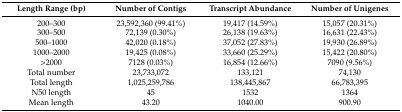
<table><thead><tr><td><b>Length Range (bp)</b></td><td><b>Number of Contigs</b></td><td><b>Transcript Abundance</b></td><td><b>Number of Unigenes</b></td></tr></thead><tbody><tr><td>200–300</td><td>23,592,360 (99.41%)</td><td>19,417 (14.59%)</td><td>15,057 (20.31%)</td></tr><tr><td>300–500</td><td>72,139 (0.30%)</td><td>26,138 (19.63%)</td><td>16,631 (22.43%)</td></tr><tr><td>500–1000</td><td>42,020 (0.18%)</td><td>37,052 (27.83%)</td><td>19,930 (26.89%)</td></tr><tr><td>1000–2000</td><td>19,425 (0.08%)</td><td>33,660 (25.29%)</td><td>15,422 (20.80%)</td></tr><tr><td>&gt;2000</td><td>7128 (0.03%)</td><td>16,854 (12.66%)</td><td>7090 (9.56%)</td></tr><tr><td>Total number</td><td>23,733,072</td><td>133,121</td><td>74,130</td></tr><tr><td>Total length</td><td>1,025,259,786</td><td>138,445,867</td><td>66,783,395</td></tr><tr><td>N50 length</td><td>45</td><td>1532</td><td>1364</td></tr><tr><td>Mean length</td><td>43.20</td><td>1040.00</td><td>900.90</td></tr></tbody></table>